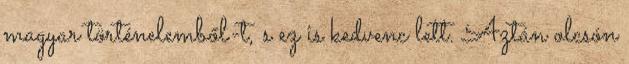
magyar történelemből-t, s ez is kedvenc lett. Aztán olcsón